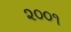
૨૦૦૧